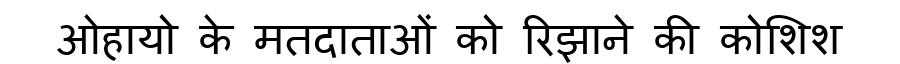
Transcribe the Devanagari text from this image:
ओहायो के मतदाताओं को रिझाने की कोशिश